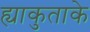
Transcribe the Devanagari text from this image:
ह्याकुताके